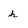
Character: h